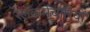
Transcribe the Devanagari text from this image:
रेलकर्मचारियों